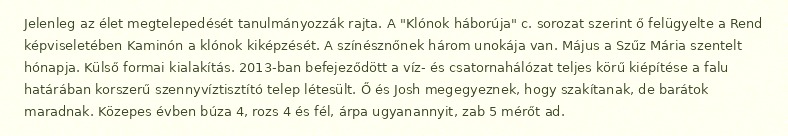
Jelenleg az élet megtelepedését tanulmányozzák rajta. A "Klónok háborúja" c. sorozat szerint ő felügyelte a Rend képviseletében Kaminón a klónok kiképzését. A színésznőnek három unokája van. Május a Szűz Mária szentelt hónapja. Külső formai kialakítás. 2013-ban befejeződött a víz- és csatornahálózat teljes körű kiépítése a falu határában korszerű szennyvíztisztító telep létesült. Ő és Josh megegyeznek, hogy szakítanak, de barátok maradnak. Közepes évben búza 4, rozs 4 és fél, árpa ugyanannyit, zab 5 mérőt ad.